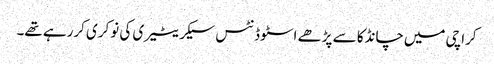
کراچی میں‌چانڈکا سے پڑھے اسٹوڈنٹس سیکریٹیری کی نوکری کررہے تھے۔